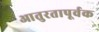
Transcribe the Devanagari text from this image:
आतुरतापूर्वक